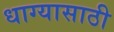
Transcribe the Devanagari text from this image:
धाग्यासाठी